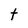
Character: t